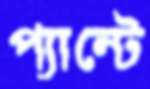
প্যান্টে